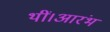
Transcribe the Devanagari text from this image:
थीं।आरंभ